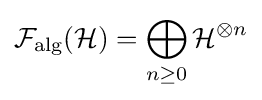
{\mathcal {F}}_{\text{alg}}({\mathcal {H}})=\bigoplus _{n\geq 0}{\mathcal {H}}^{\otimes n}